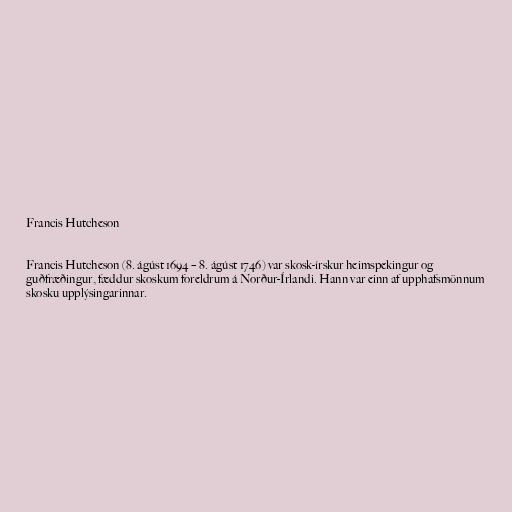
Francis Hutcheson

Francis Hutcheson (8. ágúst 1694 – 8. ágúst 1746) var skosk-írskur heimspekingur og
guðfræðingur, fæddur skoskum foreldrum á Norður-Írlandi. Hann var einn af upphafsmönnum
skosku upplýsingarinnar.